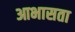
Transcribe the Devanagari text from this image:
आभासता